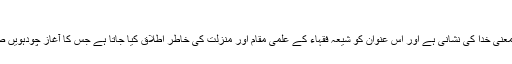
آیت اللہ - ویکی شیعہ
آیَتُ اللّہ، یا آیۃ اللہ کا معنی خدا کی نشانی ہے اور اس عنوان کو شیعہ فقہاء کے علمی مقام اور منزلت کی خاطر اطلاق کیا جاتا ہے جس کا آغاز چودہویں صدی کے اوائل سے ہوا۔